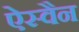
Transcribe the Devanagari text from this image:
ऐस्वैन